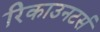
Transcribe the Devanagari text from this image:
रिकाउनटर्स